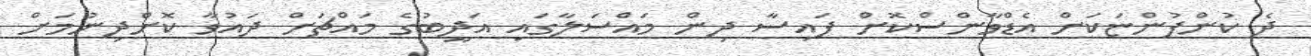
ދެ ކުންފުންޏަކަށް އެޑްވާންސްކޮށް ފައިސާ ދިން މައްސަލާގައި އަދީބުގެ މައްޗަށް ދައުވާ ކޮށްދިނުމަށް